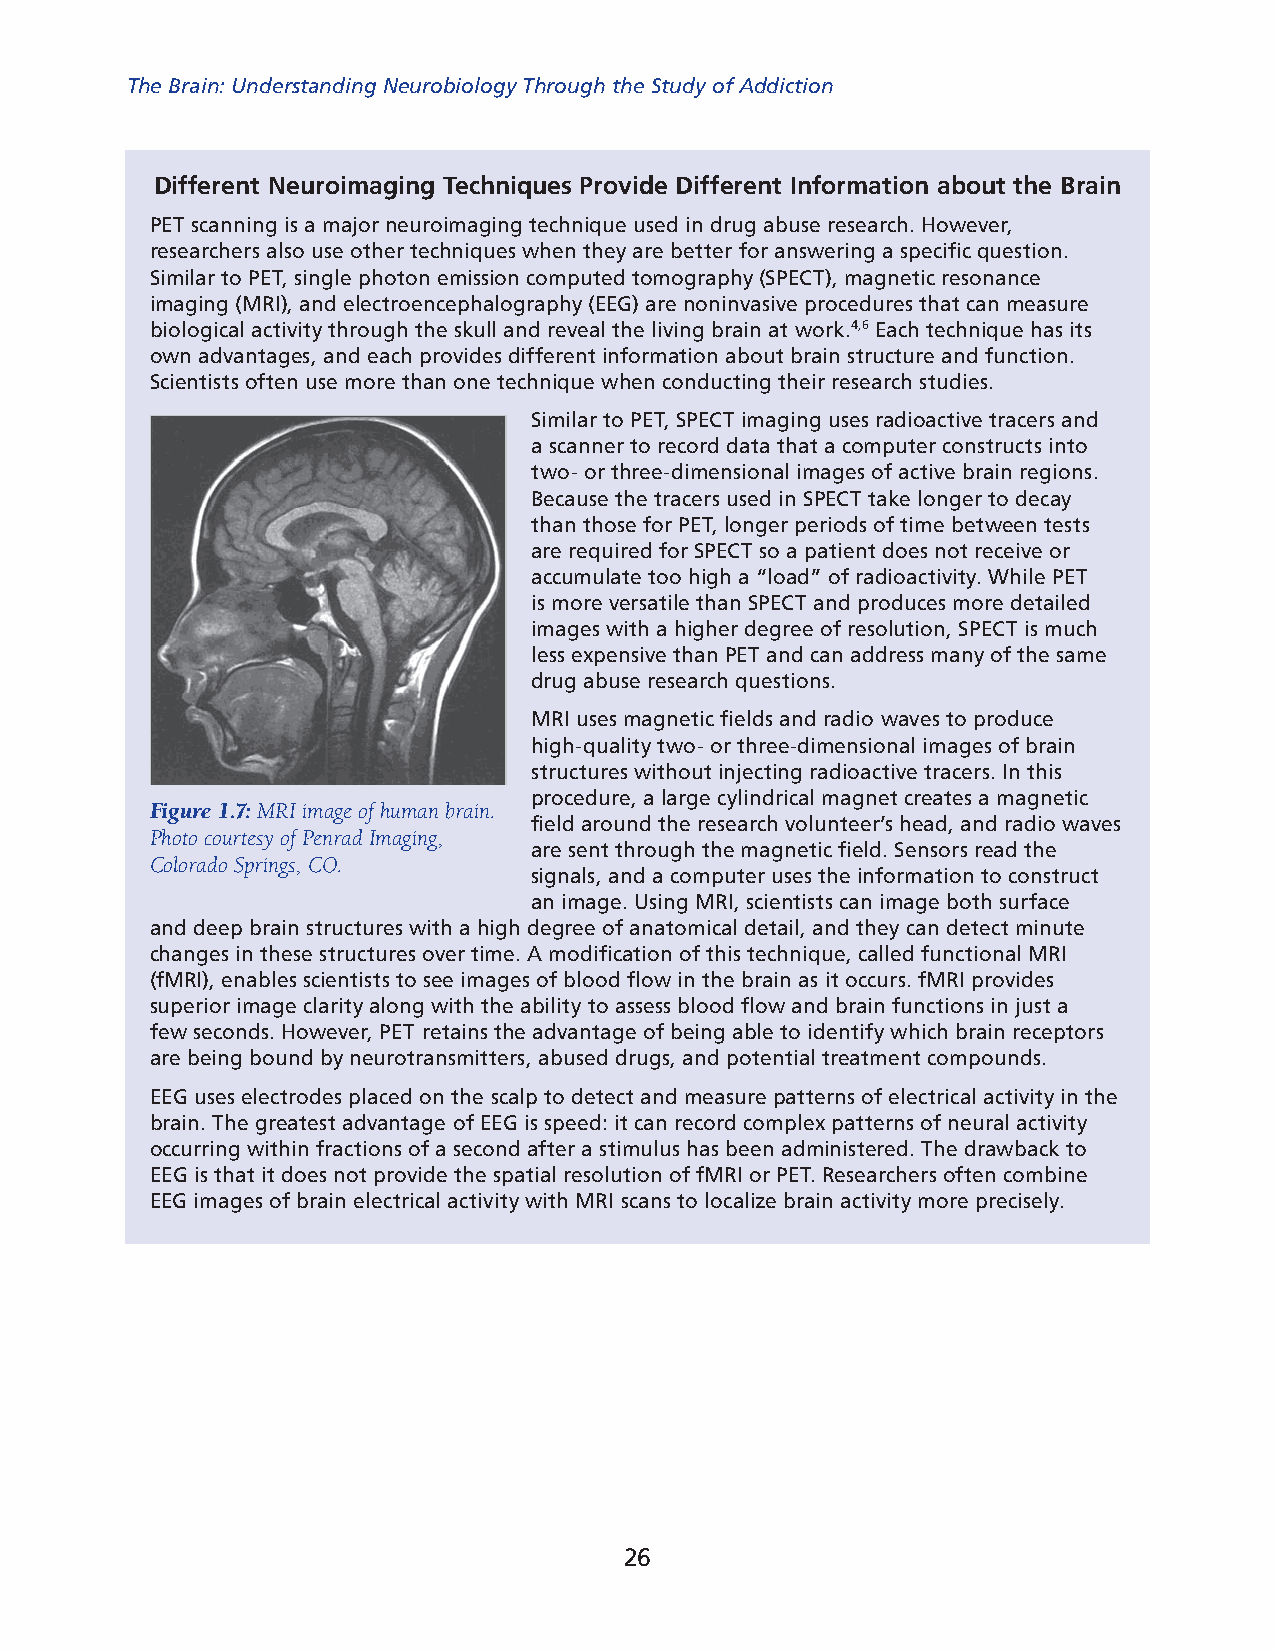
The Brain: Understanding Neurobiology Through the Study of Addiction
 Different Neuroimaging Techniques Provide Different Information about the Brain
 PET scanning is a major neuroimaging technique used in drug abuse research. However,
 researchers also use other techniques when they are better for answering a specific question.
 Similar to PET, single photon emission computed tomography (SPECT), magnetic resonance
 imaging (MRI), and electroencephalography (EEG) are noninvasive procedures that can measure
 biological activity through the skull and reveal the living brain at work.4,6 Each technique has its
 own advantages, and each provides different information about brain structure and funct ion.
 Scientists often use more than one technique when conducting their research studies.
 Similar to PET, SPECT imaging uses radioactive tracers and
 a scanner to record data that a computer constructs into
 two- or three-dimensional images of active brain regions.
 Because the trac ers used in SPECT take longer to decay
 than those for PET, longer periods of time between tests
 are required for SPECT so a patient does not receive or
 accumulate too high a “load” of radioactivity. While PET
 is more versatile than SPECT and produces more detailed
 images with a higher degree of resolution, SPECT is much
 less expensive than PET and can address many of the same
 drug abuse research questions.
 MRI uses magnetic fields and radio waves to produce
 high-quality two- or three-dimensional images of brain
 structures without inject ing radioactive tracers. In this
 procedure, a large cylindrical magnet creates a magnetic
 Figure 1.7: MRI image of human brain.
 field around the research volunteer’s head, and radio waves
 Photo courtesy of Penrad Imaging,
 are sent through the magnetic field. Sensors read the
 Colorado Springs, CO.
 signals, and a computer uses the information to construct
 an image. Using MRI, scientists can image both surface
 and deep brain struc tures with a high degree of anatomical detail, and they can detect minute
 changes in these structures over time. A modification of this technique, called functional MRI
 (fMRI), enables scientists to see images of blood flow in the brain as it occurs. fMRI provides
 supe rior image clarity along with the ability to assess blood flow and brain functions in just a
 few seconds. However, PET retains the advantage of being able to identify which brain receptors
 are being bound by neurotransmitters, abused drugs, and potential treatment compounds.
 EEG uses electrodes placed on the scalp to detect and measure patterns of electrical activity in the
 brain. The greatest advantage of EEG is speed: it can record complex patterns of neural activity
 occurring within fractions of a second after a stimulus has been administered. The drawback to
 EEG is that it does not provide the spatial reso lution of fMRI or PET. Researchers often combine
 EEG images of brain electrical activity with MRI scans to locali ze brain activity more precisely.
 26